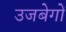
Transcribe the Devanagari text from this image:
उजबेगों